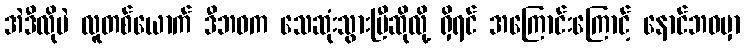
အဲဒီလိုပဲ လူတစ်ယောက် ဒီဘဝက သေဆုံးသွားပြီဆိုလို့ ရှိရင် အကြောင်းကြောင့် နောင်ဘဝမှာ